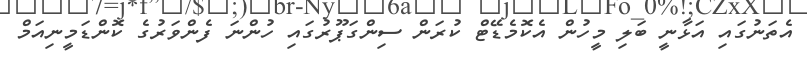
އެތަނުގައި އަޅާނީ ބަލި މީހުން އެކޮމެޑޭޓް ކުރަން ސިންގަޕޫރުގައި ހުންނަ ފެންވަރުގެ ކޮންޑަމީނިއަމް